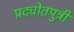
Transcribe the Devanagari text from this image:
प्रद्योतपुत्री